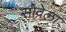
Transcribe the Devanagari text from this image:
सोवेला